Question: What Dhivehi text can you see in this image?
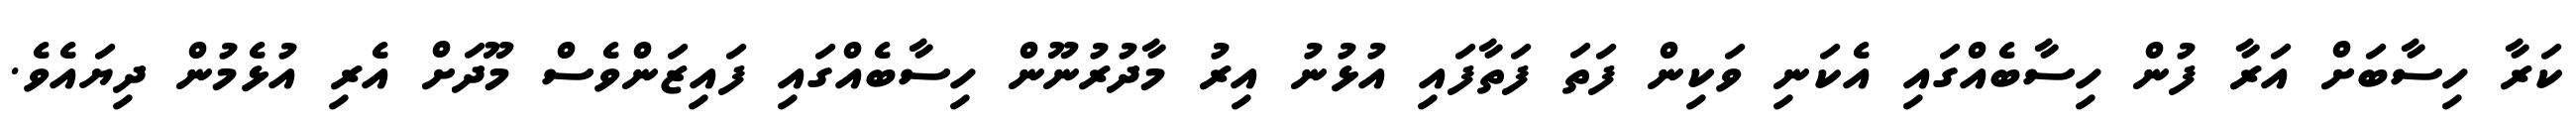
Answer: ކަރާ ހިސާބަށް އަރާ ފުން ހިސާބެއްގައި އެކަނި ވަކިން ފަތަ ފަތާފައި އުޅުނު އިރު މާދުރުނޫން ހިސާބެއްގައި ފައިޒަންވެސް މޫދަށް އެރި އުޅެމުން ދިޔައެވެ.